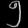
Digit: ၅